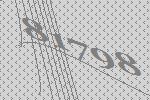
81798